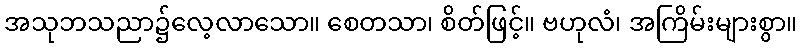
အသုဘသညာ၌လေ့လာသော။ စေတသာ၊ စိတ်ဖြင့်။ ဗဟုလံ၊ အကြိမ်းများစွာ။